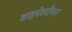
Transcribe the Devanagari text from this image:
डाइवेस्टीचर